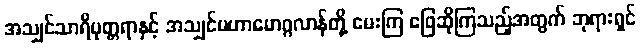
အသျှင်သာရိပုတ္တရာနှင့် အသျှင်မဟာမောဂ္ဂလာန်တို့ မေးကြ ဖြေဆိုကြသည့်အတွက် ဘုရားရှင်